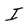
Character: I